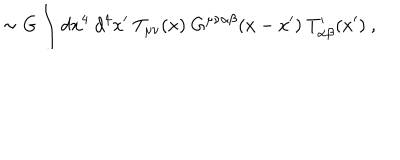
LaTeX: \sim G \int d x ^ { 4 } ~ d ^ { 4 } x ^ { \prime } ~ T _ { \mu \nu } ( x ) ~ G ^ { \mu \nu \alpha \beta } ( x - x ^ { \prime } ) ~ T _ { \alpha \beta } ^ { \prime } ( x ^ { \prime } ) ~ ,